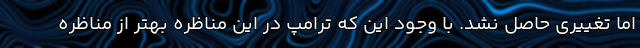
اما تغییری حاصل نشد. با وجود این که ترامپ در این مناظره بهتر از مناظره